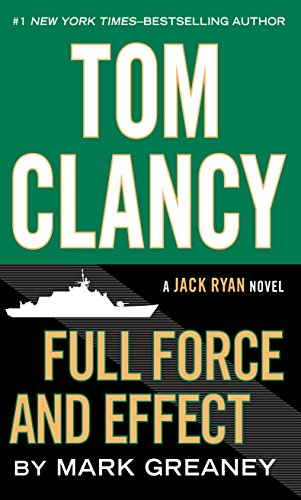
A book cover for Tom Clancy Full Force And Effect (A Jack Ryan Novel); Mark Greaney; Mystery, Thriller & Suspense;